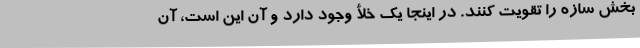
بخش سازه را تقویت کنند. در اینجا یک خلأ وجود دارد و آن این است، آن